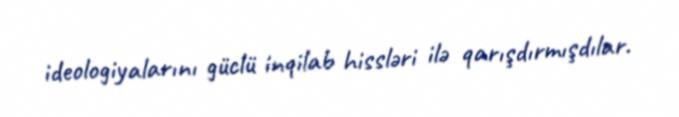
ideologiyalarını güclü inqilab hissləri ilə qarışdırmışdılar.